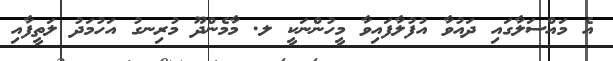
އެ މައްސަލާގައި ދައުވާ އުފުލާފައިވާ މީހުންނަކީ ލ. މާމެންދޫ މުރިނގު އަހުމަދު ލަތީފާއި